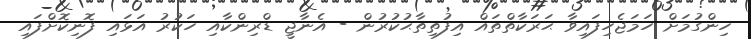
ހިންގުމަށް ހަމަޖެހިފައިވާ ޙަރަކާތްތައް އިފުތިތާޙުކުރުން - އެނާޖީ ޑްރިންކާއި ހަކުރު އަޅައި ފޮނިކޮށްފައި